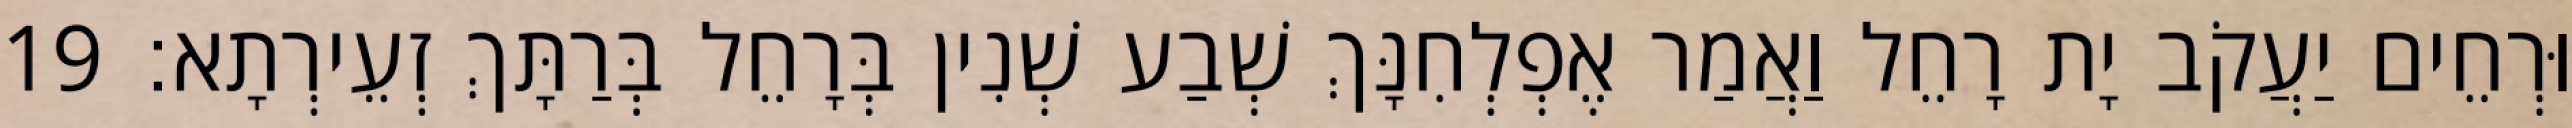
וּרְחֵים יַעֲקֹב יָת רָחֵל וַאֲמַר אֶפְלְחִנָּךְ שְׁבַע שְׁנִין בְּרָחֵל בְּרַתָּךְ זְעֵירְתָא׃ 19